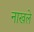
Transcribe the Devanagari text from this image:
नाखले